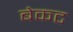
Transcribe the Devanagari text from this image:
बेकट